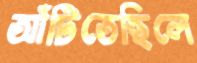
আঁটিতেছিলে